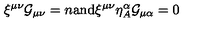
\xi ^ { \mu \nu } { \cal G } _ { \mu \nu } = n \mathrm { a n d } \xi ^ { \mu \nu } \eta _ { A } ^ { \alpha } { \cal G } _ { \mu \alpha } = 0